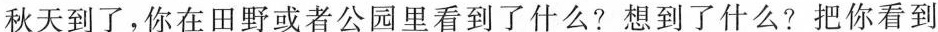
秋天到了，你在田野或者公园里看到了什么?想到了什么?把你看到